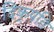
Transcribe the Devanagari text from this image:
दिक्‌पति